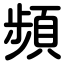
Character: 頻